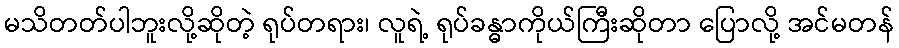
မသိတတ်ပါဘူးလို့ဆိုတဲ့ ရုပ်တရား၊ လူရဲ့ ရုပ်ခန္ဓာကိုယ်ကြီးဆိုတာ ပြောလို့ အင်မတန်